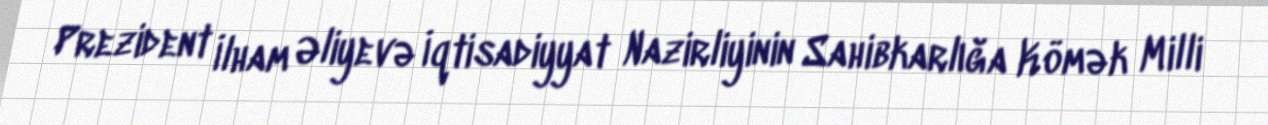
Prezident İlham Əliyevə İqtisadiyyat Nazirliyinin Sahibkarlığa Kömək Milli